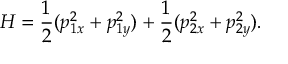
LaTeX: H = \frac { 1 } { 2 } ( p _ { 1 x } ^ { 2 } + p _ { 1 y } ^ { 2 } ) + \frac { 1 } { 2 } ( p _ { 2 x } ^ { 2 } + p _ { 2 y } ^ { 2 } ) .